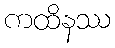
ကထိနဿ